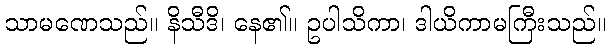
သာမဏေသည်။ နိသီဒိ၊ နေ၏။ ဥပါသိကာ၊ ဒါယိကာမကြီးသည်။